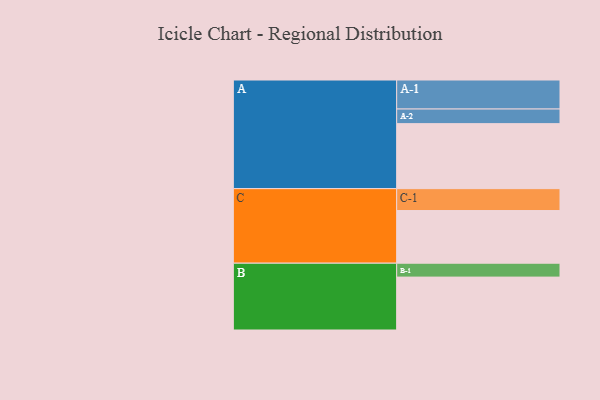
{"axis": {"x": "Segment", "y": "Value"}, "legend": ["", "A", "B", "C"], "data": [{"x": "A", "y": 547, "type": ""}, {"x": "B", "y": 445, "type": ""}, {"x": "C", "y": 443, "type": ""}, {"x": "A-1", "y": 244, "type": "A"}, {"x": "A-2", "y": 123, "type": "A"}, {"x": "B-1", "y": 117, "type": "B"}, {"x": "C-1", "y": 184, "type": "C"}]}